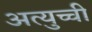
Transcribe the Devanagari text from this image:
अत्युच्ची